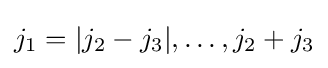
j_{1}=|j_{2}-j_{3}|,\ldots ,j_{2}+j_{3}